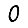
Digit: 0